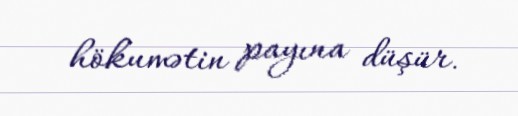
hökumətin payına düşür.